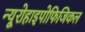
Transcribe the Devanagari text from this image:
न्यूरोहाइपोफिजिकल